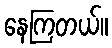
နေကြတယ်။